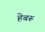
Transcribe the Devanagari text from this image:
हेबरू